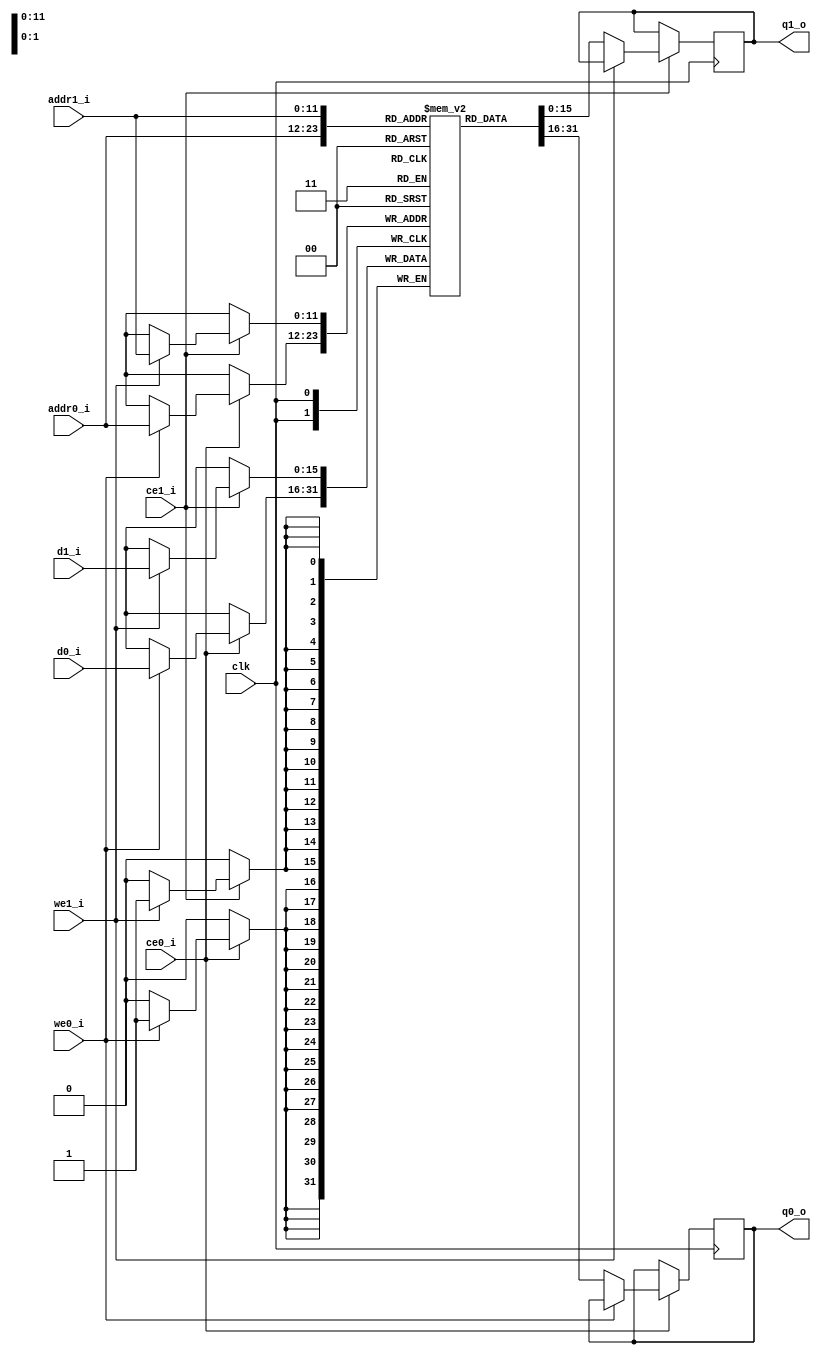
// Module Name: true_dpbram
// 
// discription
//      2 - port dpbram. Module gets control signal from oiutside and 
//      WRITE data to memory or READ DATA fromm Memory.
//      2 - port means it has 2 addr port, enable port, output port ...etc
//      so user can write and read data simultaneously or W/R only.
//
// inputs
//      clk: special inputs. Clock
//      addr0_i/addr1_i: address of memory that user want to access(both W/R)
//      ce0_i/ce1_i: chip enable
//      we0_i/we1_i: write enable. 0 means read mode and 1 means write mode
//      d0_i/d1_i: data that user wants to write
// 
// outputs
//      q0_o/q1_o: port that read data goes out
//

`timescale 1 ns / 1 ps
module true_dpbram
#(
    parameter DWIDTH = 16,
    parameter AWIDTH = 12,
    parameter MEM_SIZE = 3840
)

(
    /* Special Inputs */
    input clk,

    /* input for port 0 */
    input [AWIDTH - 1 : 0] addr0_i,
    input ce0_i,
    input we0_i,
    input [DWIDTH - 1 : 0] d0_i,

    /* input for port 1 */
    input [AWIDTH - 1 : 0] addr1_i,
    input ce1_i,
    input we1_i,
    input [DWIDTH - 1 : 0] d1_i,

    /* output for port 0 */
    output reg [DWIDTH - 1 : 0] q0_o,
    
    /* output for port 1 */
    output reg [DWIDTH - 1 : 0] q1_o
);

    /* Making Block Memory*/
    (* ram_style = "block" *)reg [DWIDTH - 1 : 0] ram[0 : MEM_SIZE - 1];

    // always block for port0
    always @(posedge clk) begin
        if(ce0_i) begin
            if(we0_i) ram[addr0_i] <= d0_i;
            else      q0_o <= ram[addr0_i];
        end
    end

    // always block for port1
    always @(posedge clk) begin
        if(ce1_i) begin
            if(we1_i) ram[addr1_i] <= d1_i;
            else      q1_o <= ram[addr1_i];
        end
    end
endmodule